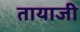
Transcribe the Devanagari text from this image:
तायाजी